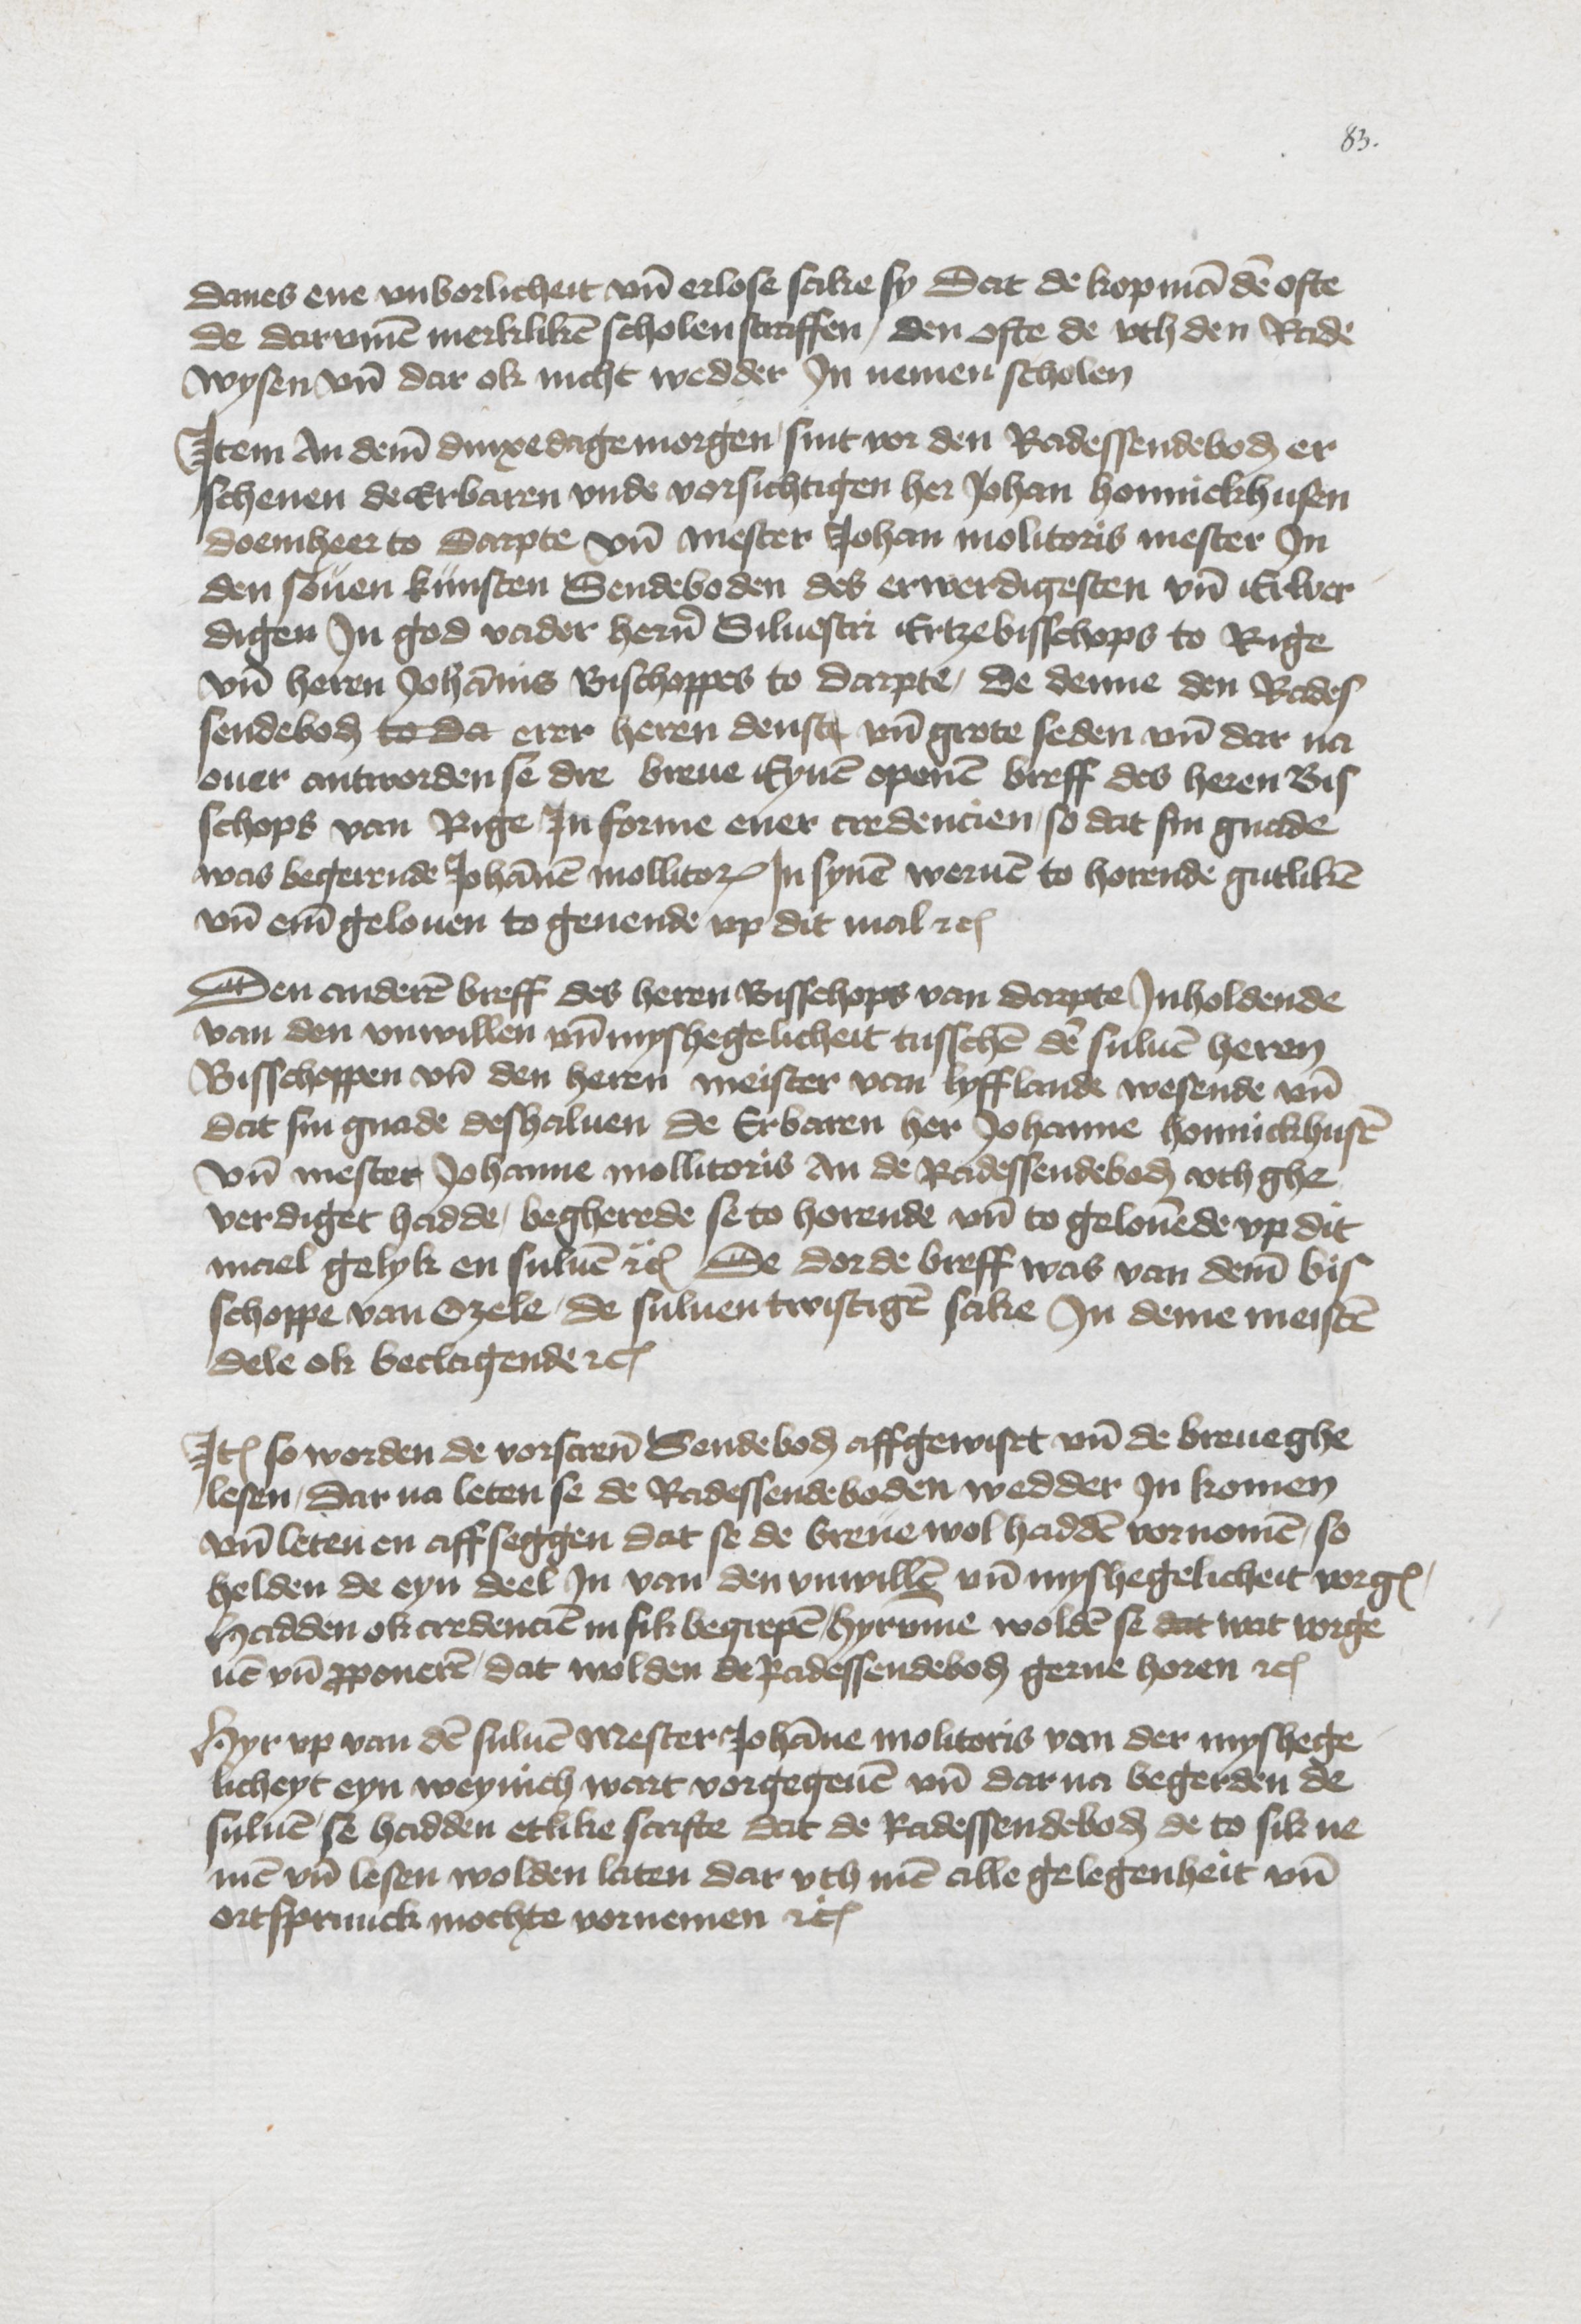
danes ene vnborlicheit vnd erlose scike sy dat de kopman den ofte
de darvmme merkliken scholen straffen, den ofte de vth den Rade
wysen vnd dar ok nicht wedder Jn nemen scholen

Jtem An deme dinxedagemorgen, sint vor den Radessendeboden er¬
schenen de Erbaren vnde vorsichtigen her Johan Honnickhusen
doemheer to Darpte vnd mester Johan Molitoris mester Jn
den souen kunsten Sendeboden des erwerdigesten vnd Erwer¬
digen Jn god vader heren Siluestri Ertzebisschops to Rige
vnd heren Johannis Bischoppes to Darpte, de denne den Rades¬
sendeboden to da erer heren denste vnd grote seden vnd dar na
ouer antworden se dre breue Eynen openen breff des heren Bis¬
schops van Rige Jn forme ener credencien, so dat sin gnade
was begerende Johannem Mollitoris Jn synen weruen to horende gutliken
vnd eme gelouen to geuende vp dit mal etc

Den anderen breff des heren Bisschops van Darpte Jnholdende
van den vnwillen vnd myshegelicheit tusschen de suluen heren
Bisschoppen vnd den heren meister van Lyfflande wesende vnd
dat sin gnade deshaluen de Erbaren her Johanne Honnickhusen
vnd mester Johanne Mollitoris an de Radessendeboden vth ghe¬
verdiget hadde, begherede se to horende vnd to gelouende vp dit
nciel gelyk en suluen etc De dorde breff was van deme bis¬
schoppe van Ozele, de suluen twistigen sake Jn deme meisten
dele ok beclagende etc

Jtem so worden de vorscreuen Sendeboden affgewiset vnd de breue ghe¬
lesen, Dar na leten se de Radessendeboden wedder Jn komen
vnd leten en affseggen dat se de breue wol hadden vornomen, so
helden de eyn deel Jn van den vnwillen vnd myshegelicheit vorgenant,
hadden ok credencien in sik begrepen, hyrvmme wolden se dat wat vorge¬
uen vnd proponeren, dat wolden de Radessendeboden gerne horen etc

Hyr vp van den suluen mester Johanne Molitoris van der myshege¬
licheyt eyn weynich wart vorgegeuen vnd dar na begerden de
suluen se hadden etlike scrifte dat de Radessendeboden de to sik ne¬
men vnd lesen wolden laten dar vth men alle gelegenheit vnd
ortsprunck mochte vornemen etc